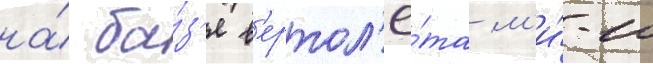
на́ ба́з'е в'ертол'ё́та м'и́-10